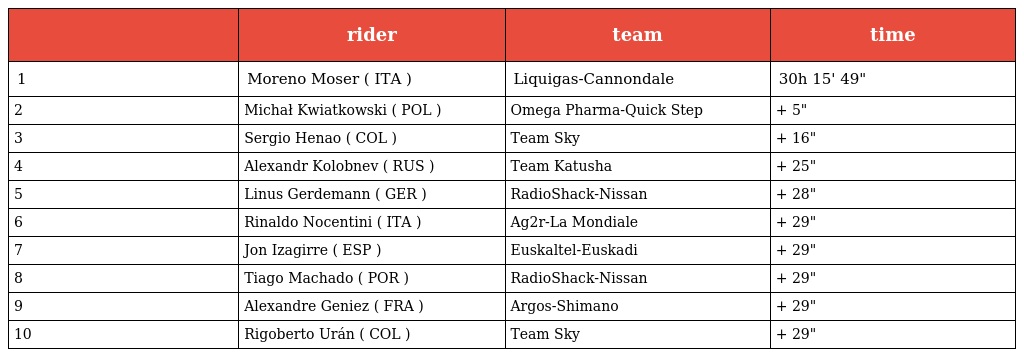
|  | rider | team | time |
 | --- | --- | --- | --- |
 | 1 | Moreno Moser ( ITA ) | Liquigas-Cannondale | 30h 15' 49" |
 | 2 | Michał Kwiatkowski ( POL ) | Omega Pharma-Quick Step | + 5" |
 | 3 | Sergio Henao ( COL ) | Team Sky | + 16" |
 | 4 | Alexandr Kolobnev ( RUS ) | Team Katusha | + 25" |
 | 5 | Linus Gerdemann ( GER ) | RadioShack-Nissan | + 28" |
 | 6 | Rinaldo Nocentini ( ITA ) | Ag2r-La Mondiale | + 29" |
 | 7 | Jon Izagirre ( ESP ) | Euskaltel-Euskadi | + 29" |
 | 8 | Tiago Machado ( POR ) | RadioShack-Nissan | + 29" |
 | 9 | Alexandre Geniez ( FRA ) | Argos-Shimano | + 29" |
 | 10 | Rigoberto Urán ( COL ) | Team Sky | + 29" |